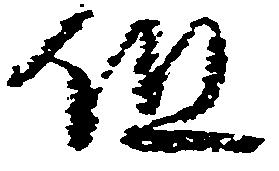
但